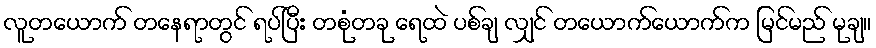
လူတယောက် တနေရာတွင် ရပ်ပြီး တစုံတခု ရေထဲ ပစ်ချ လျှင် တယောက်ယောက်က မြင်မည် မုချ။